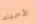
الأحياء